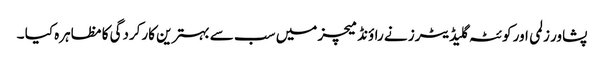
پشاور زلمی اور کوئٹہ گلیڈیٹرز نے راؤنڈ میچز میں سب سے بہترین کارکردگی کا مظاہرہ کیا ۔